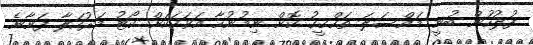
ފުލުހުން ބުނީ މައްސަލަ ތަހްގީގު ކޮށް ނިމުނުހާ އަވަހަކަށް ކޯޓު މަރުހަލާ ފަށާނެ